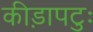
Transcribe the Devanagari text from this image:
कीड़ापटुः